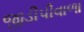
જીડીપીવાળા